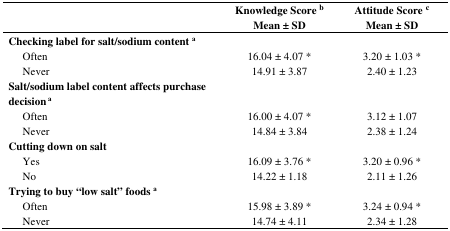
<table><thead><tr><td rowspan="2"></td><td><b>Knowledge Score <sup>b</sup></b></td><td><b>Attitude Score <sup>c</sup></b></td></tr><tr><td><b>Mean ± SD</b></td><td><b>Mean ± SD</b></td></tr></thead><tbody><tr><td><b>Checking label for salt/sodium content <sup>a</sup></b></td><td></td><td></td></tr><tr><td> Often</td><td>16.04 ± 4.07 *</td><td>3.20 ± 1.03 *</td></tr><tr><td> Never</td><td>14.91 ± 3.87</td><td>2.40 ± 1.23</td></tr><tr><td><b>Salt/sodium label content affects purchase decision <sup>a</sup></b></td><td></td><td></td></tr><tr><td> Often</td><td>16.00 ± 4.07 *</td><td>3.12 ± 1.07</td></tr><tr><td> Never</td><td>14.84 ± 3.84</td><td>2.38 ± 1.24</td></tr><tr><td><b>Cutting down on salt</b></td><td></td><td></td></tr><tr><td> Yes</td><td>16.09 ± 3.76 *</td><td>3.20 ± 0.96 *</td></tr><tr><td> No</td><td>14.22 ± 1.18</td><td>2.11 ± 1.26</td></tr><tr><td><b>Trying to buy “low salt” foods <sup>a</sup></b></td><td></td><td></td></tr><tr><td> Often</td><td>15.98 ± 3.89 *</td><td>3.24 ± 0.94 *</td></tr><tr><td> Never</td><td>14.74 ± 4.11</td><td>2.34 ± 1.28</td></tr></tbody></table>